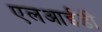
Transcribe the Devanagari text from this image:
एलआईडी